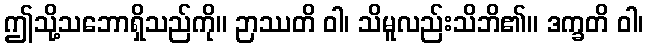
ဤသို့သဘောရှိသည်ကို။ ဉာဿတိ ဝါ၊ သိမူလည်းသိဘိ၏။ ဒက္ခတိ ဝါ၊